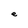
Character: e